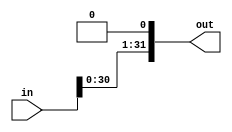
module shifter (in, out);
	input  [31:0] in;
	output wire [31:0] out = (in << 1);
endmodule